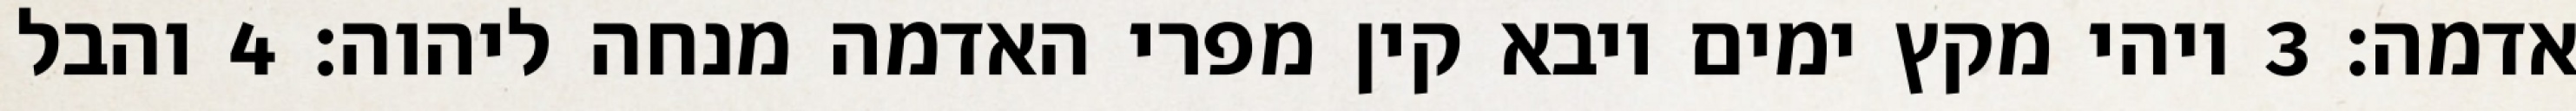
אדמה׃ ‎3‏ ויהי מקץ ימים ויבא קין מפרי האדמה מנחה ליהוה׃ ‎4‏ והבל